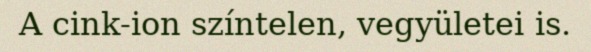
A cink-ion színtelen, vegyületei is.